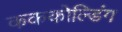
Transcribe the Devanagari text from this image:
कककोल्डिंग